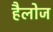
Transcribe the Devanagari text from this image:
हैलोज